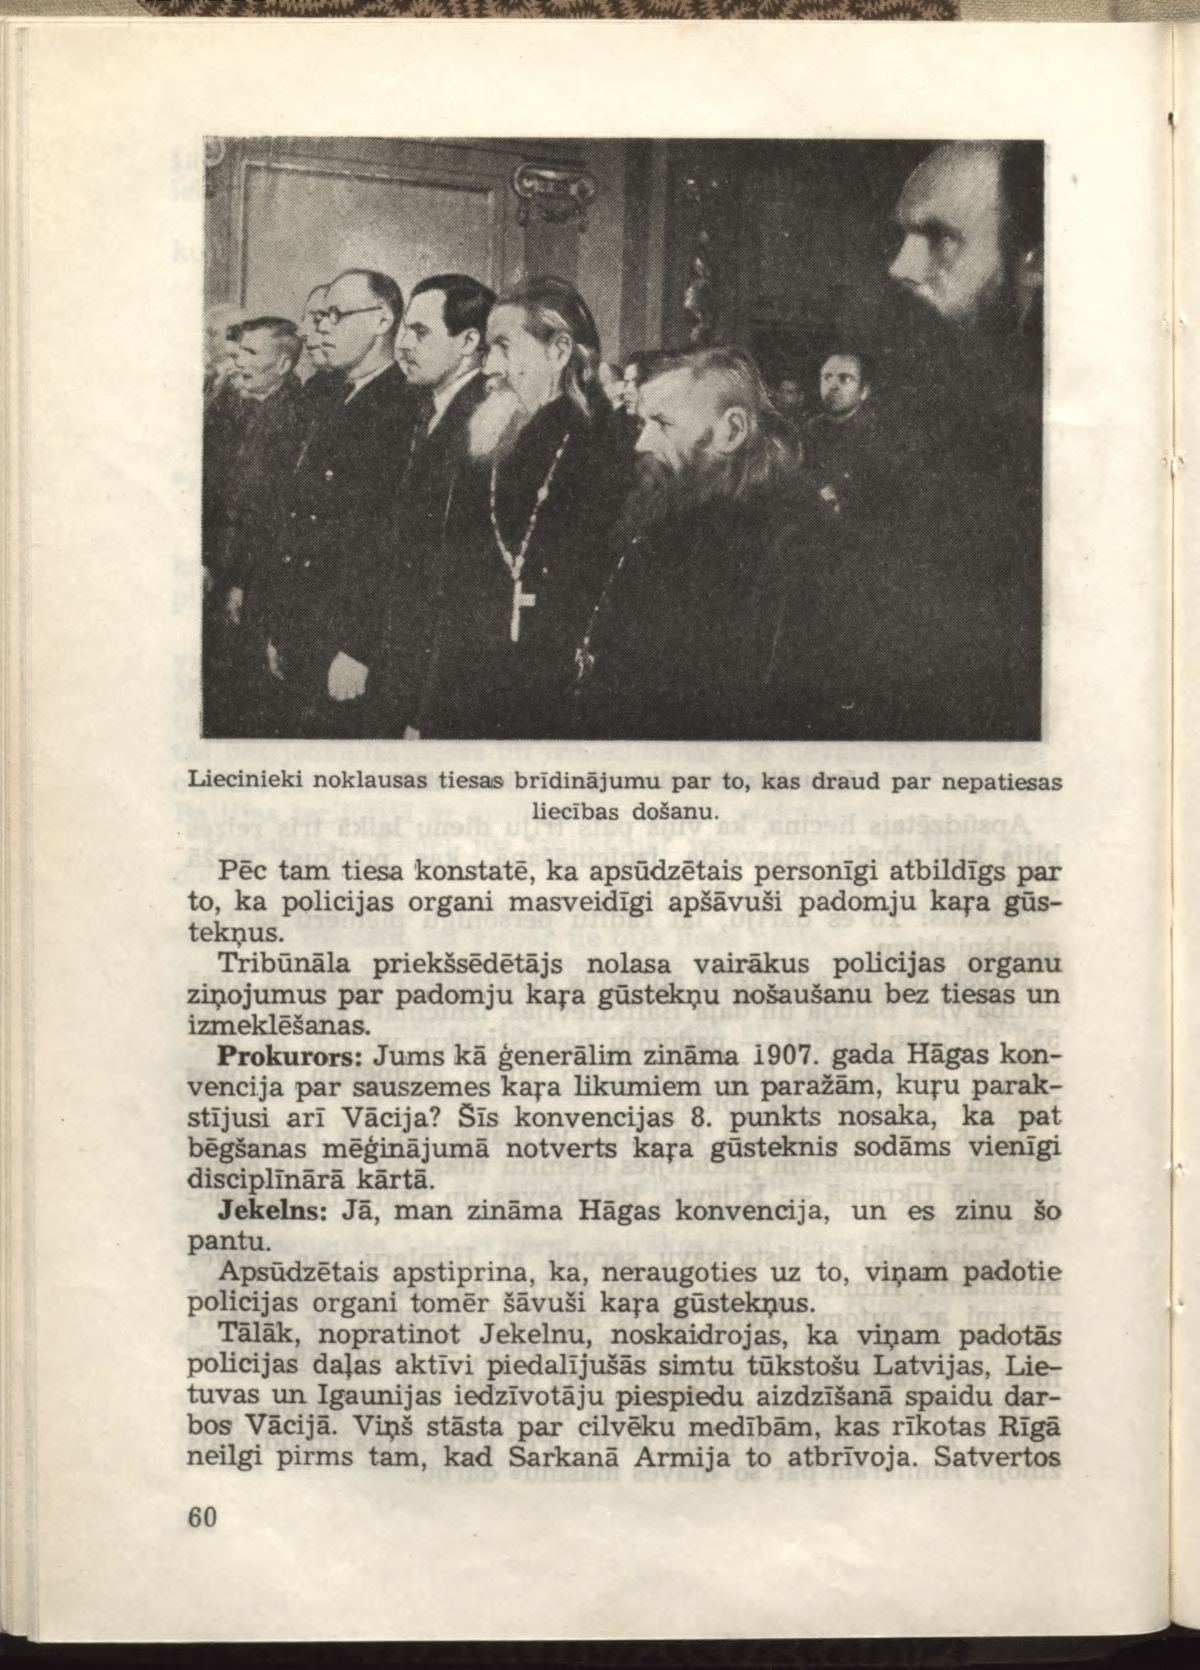
Language: lv